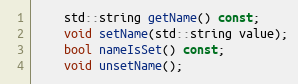
Language: C
    std::string getName() const;
    void setName(std::string value);
    bool nameIsSet() const;
    void unsetName();